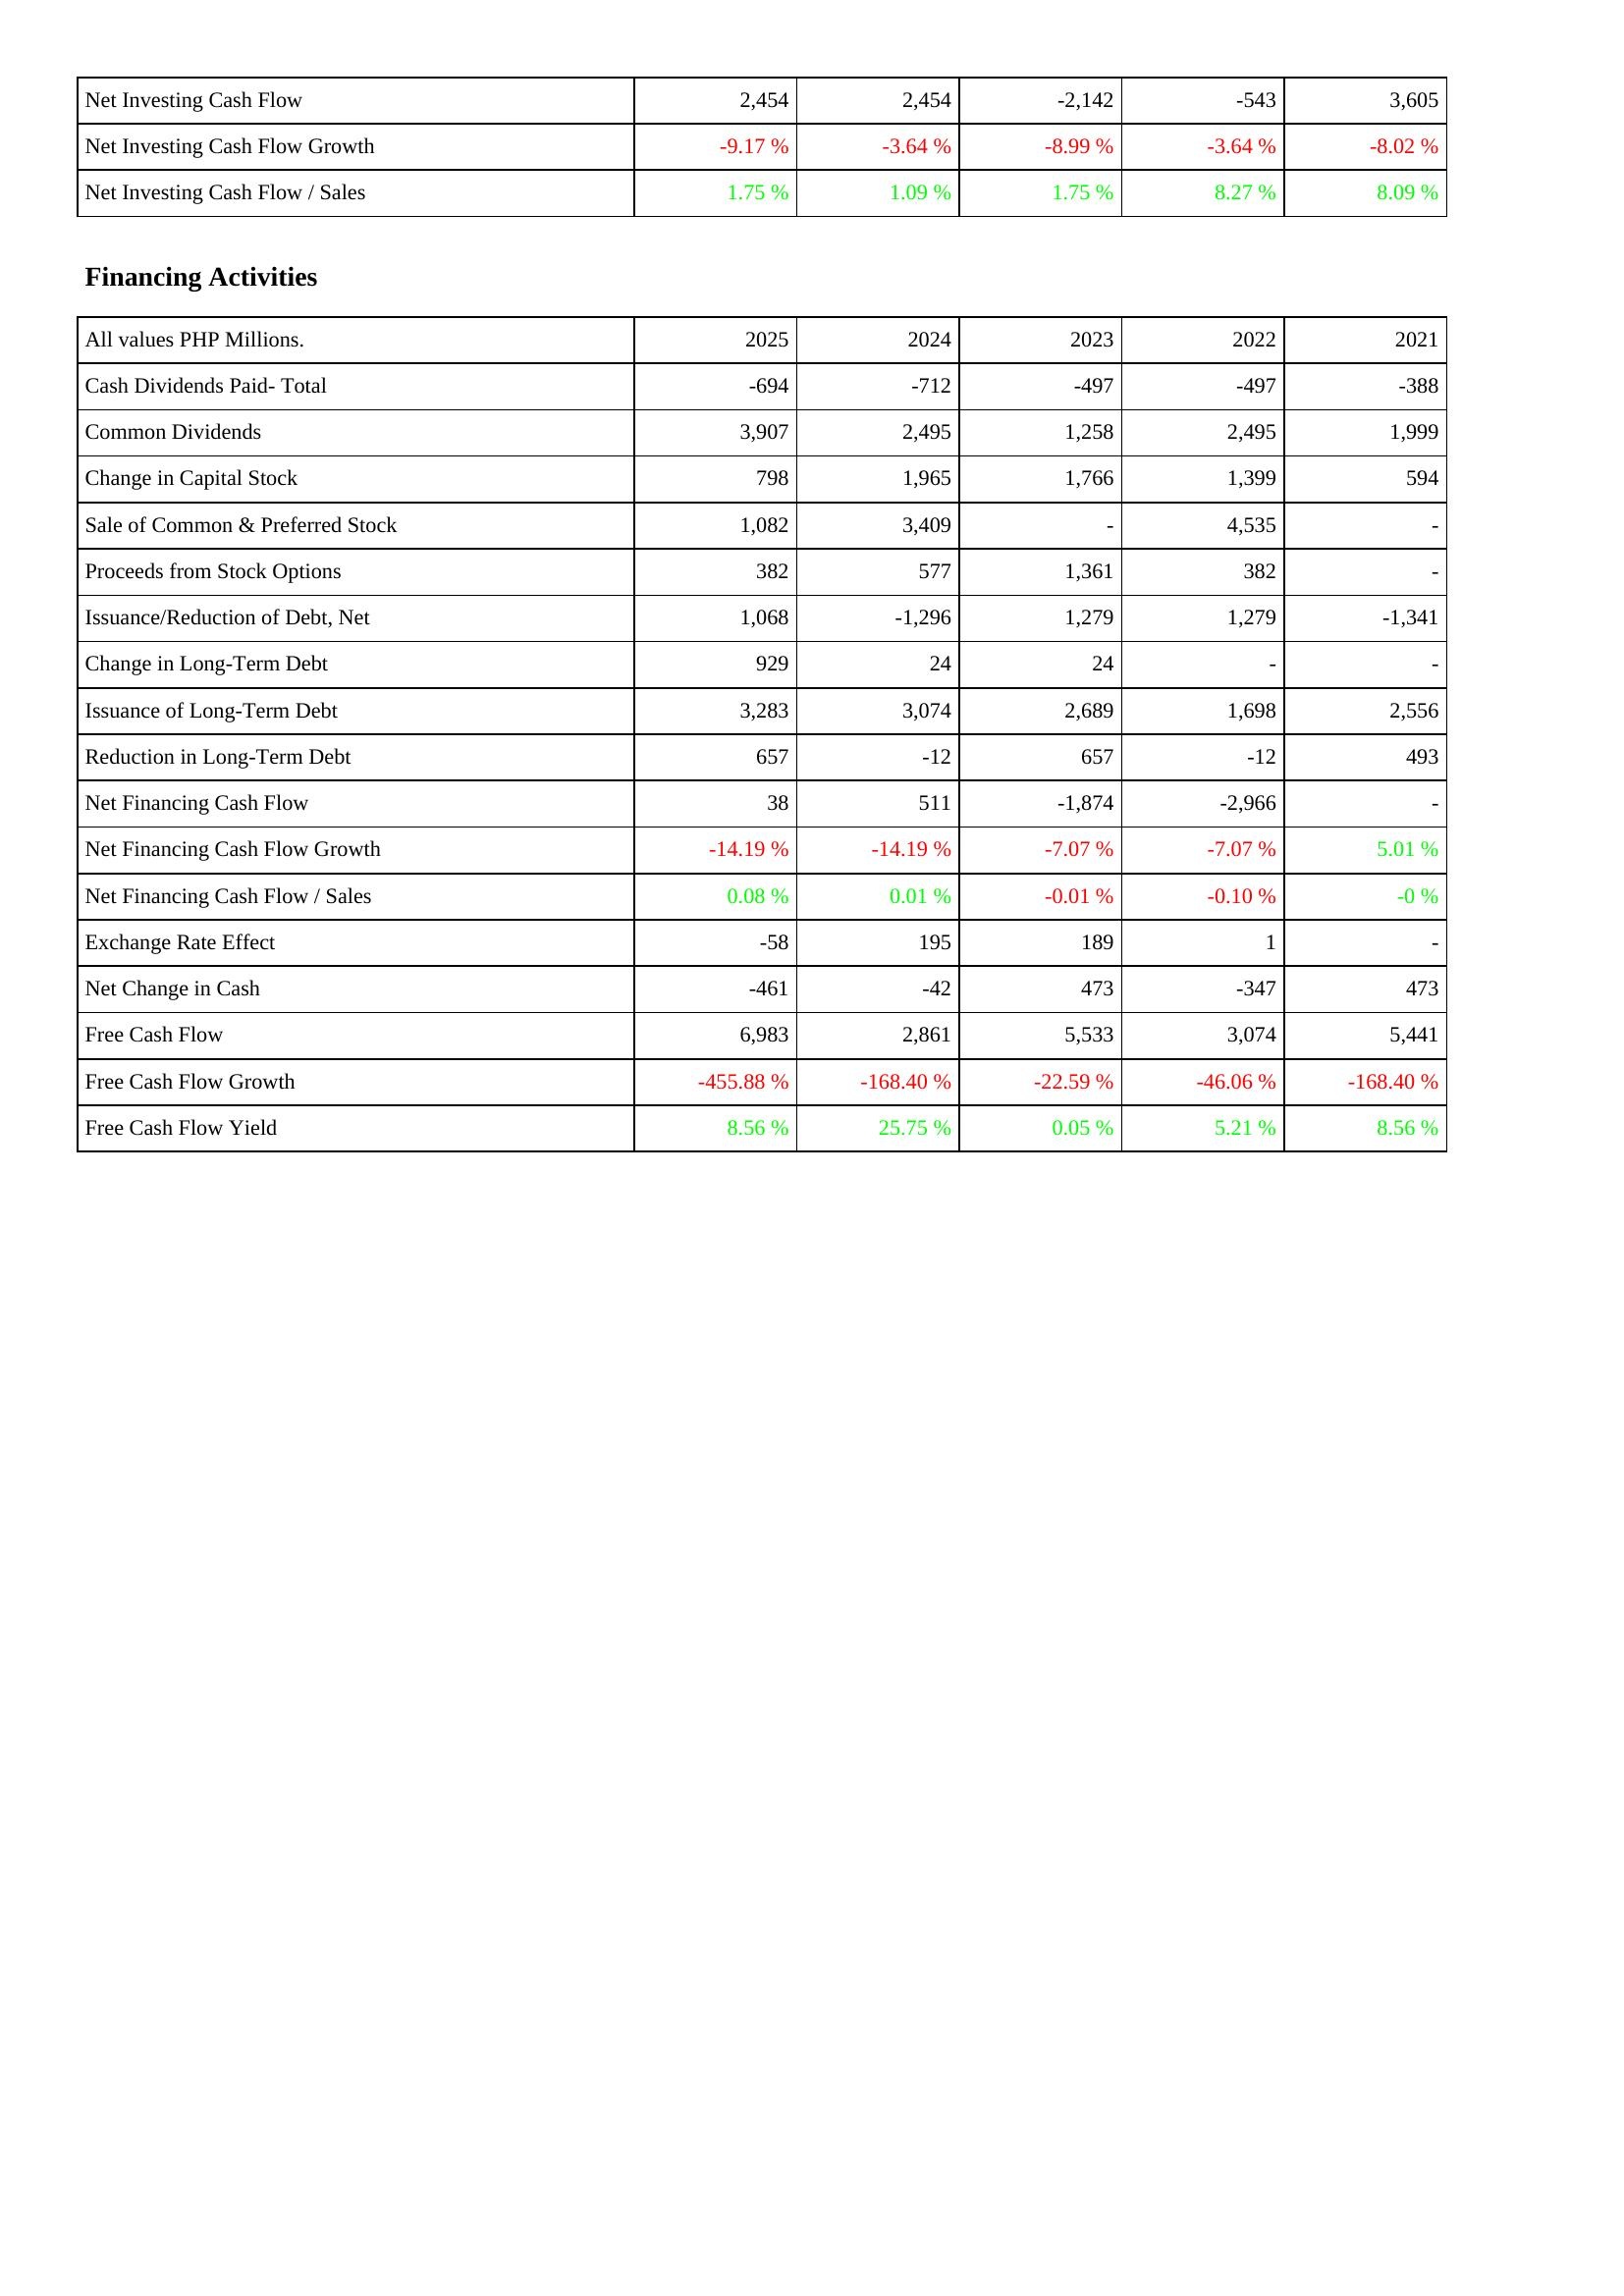
2025: Investing Activities: Net Investing Cash Flow: 2,454
Net Investing Cash Flow Growth: -9.17 %
Net Investing Cash Flow / Sales: 1.75 %
Financing Activities: Cash Dividends Paid- Total: -694
Common Dividends: 3,907
Change in Capital Stock: 798
Sale of Common & Preferred Stock: 1,082
Proceeds from Stock Options: 382
Issuance/Reduction of Debt, Net: 1,068
Change in Long-Term Debt: 929
Issuance of Long-Term Debt: 3,283
Reduction in Long-Term Debt: 657
Net Financing Cash Flow: 38
Net Financing Cash Flow Growth: -14.19 %
Net Financing Cash Flow / Sales: 0.08 %
Exchange Rate Effect: -58
Net Change in Cash: -461
Free Cash Flow: 6,983
Free Cash Flow Growth: -455.88 %
Free Cash Flow Yield: 8.56 %
2024: Investing Activities: Net Investing Cash Flow: 2,454
Net Investing Cash Flow Growth: -3.64 %
Net Investing Cash Flow / Sales: 1.09 %
Financing Activities: Cash Dividends Paid- Total: -712
Common Dividends: 2,495
Change in Capital Stock: 1,965
Sale of Common & Preferred Stock: 3,409
Proceeds from Stock Options: 577
Issuance/Reduction of Debt, Net: -1,296
Change in Long-Term Debt: 24
Issuance of Long-Term Debt: 3,074
Reduction in Long-Term Debt: -12
Net Financing Cash Flow: 511
Net Financing Cash Flow Growth: -14.19 %
Net Financing Cash Flow / Sales: 0.01 %
Exchange Rate Effect: 195
Net Change in Cash: -42
Free Cash Flow: 2,861
Free Cash Flow Growth: -168.40 %
Free Cash Flow Yield: 25.75 %
2023: Investing Activities: Net Investing Cash Flow: -2,142
Net Investing Cash Flow Growth: -8.99 %
Net Investing Cash Flow / Sales: 1.75 %
Financing Activities: Cash Dividends Paid- Total: -497
Common Dividends: 1,258
Change in Capital Stock: 1,766
Sale of Common & Preferred Stock: -
Proceeds from Stock Options: 1,361
Issuance/Reduction of Debt, Net: 1,279
Change in Long-Term Debt: 24
Issuance of Long-Term Debt: 2,689
Reduction in Long-Term Debt: 657
Net Financing Cash Flow: -1,874
Net Financing Cash Flow Growth: -7.07 %
Net Financing Cash Flow / Sales: -0.01 %
Exchange Rate Effect: 189
Net Change in Cash: 473
Free Cash Flow: 5,533
Free Cash Flow Growth: -22.59 %
Free Cash Flow Yield: 0.05 %
2022: Investing Activities: Net Investing Cash Flow: -543
Net Investing Cash Flow Growth: -3.64 %
Net Investing Cash Flow / Sales: 8.27 %
Financing Activities: Cash Dividends Paid- Total: -497
Common Dividends: 2,495
Change in Capital Stock: 1,399
Sale of Common & Preferred Stock: 4,535
Proceeds from Stock Options: 382
Issuance/Reduction of Debt, Net: 1,279
Change in Long-Term Debt: -
Issuance of Long-Term Debt: 1,698
Reduction in Long-Term Debt: -12
Net Financing Cash Flow: -2,966
Net Financing Cash Flow Growth: -7.07 %
Net Financing Cash Flow / Sales: -0.10 %
Exchange Rate Effect: 1
Net Change in Cash: -347
Free Cash Flow: 3,074
Free Cash Flow Growth: -46.06 %
Free Cash Flow Yield: 5.21 %
2021: Investing Activities: Net Investing Cash Flow: 3,605
Net Investing Cash Flow Growth: -8.02 %
Net Investing Cash Flow / Sales: 8.09 %
Financing Activities: Cash Dividends Paid- Total: -388
Common Dividends: 1,999
Change in Capital Stock: 594
Sale of Common & Preferred Stock: -
Proceeds from Stock Options: -
Issuance/Reduction of Debt, Net: -1,341
Change in Long-Term Debt: -
Issuance of Long-Term Debt: 2,556
Reduction in Long-Term Debt: 493
Net Financing Cash Flow: -
Net Financing Cash Flow Growth: 5.01 %
Net Financing Cash Flow / Sales: -0 %
Exchange Rate Effect: -
Net Change in Cash: 473
Free Cash Flow: 5,441
Free Cash Flow Growth: -168.40 %
Free Cash Flow Yield: 8.56 %